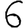
Digit: 6